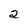
Character: 2